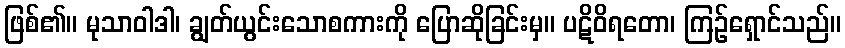
ဖြစ်၏။ မုသာဝါဒါ၊ ချွတ်ယွင်းသောစကားကို ပြောဆိုခြင်းမှ။ ပဋိဝိရတော၊ ကြဉ်ရှောင်သည်။